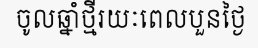
ចូលឆ្នាំថ្មីរយៈពេលបួនថ្ងៃ